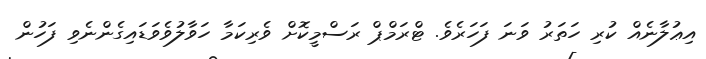
އިޢުލާނެއް ކުރި ހަތަރު ވަނަ ފަހަރެވެ. ޓްރަމްޕް ރަސްމީކޮށް ވެރިކަމާ ހަވާލުވެވަޑައިގެންނެވި ފަހުން